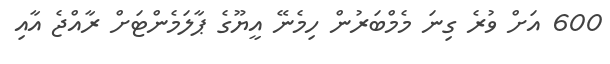
600 އަށް ވުރެ ގިނަ މެމްބަރުން ހިމެނޭ އީޔޫގެ ޕާލަމެންޓަށް ރާއްޖެ އާއި